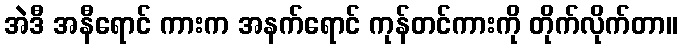
အဲဒီ အနီရောင် ကားက အနက်ရောင် ကုန်တင်ကားကို တိုက်လိုက်တာ။